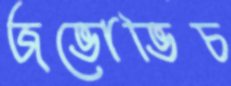
জভোভিচ